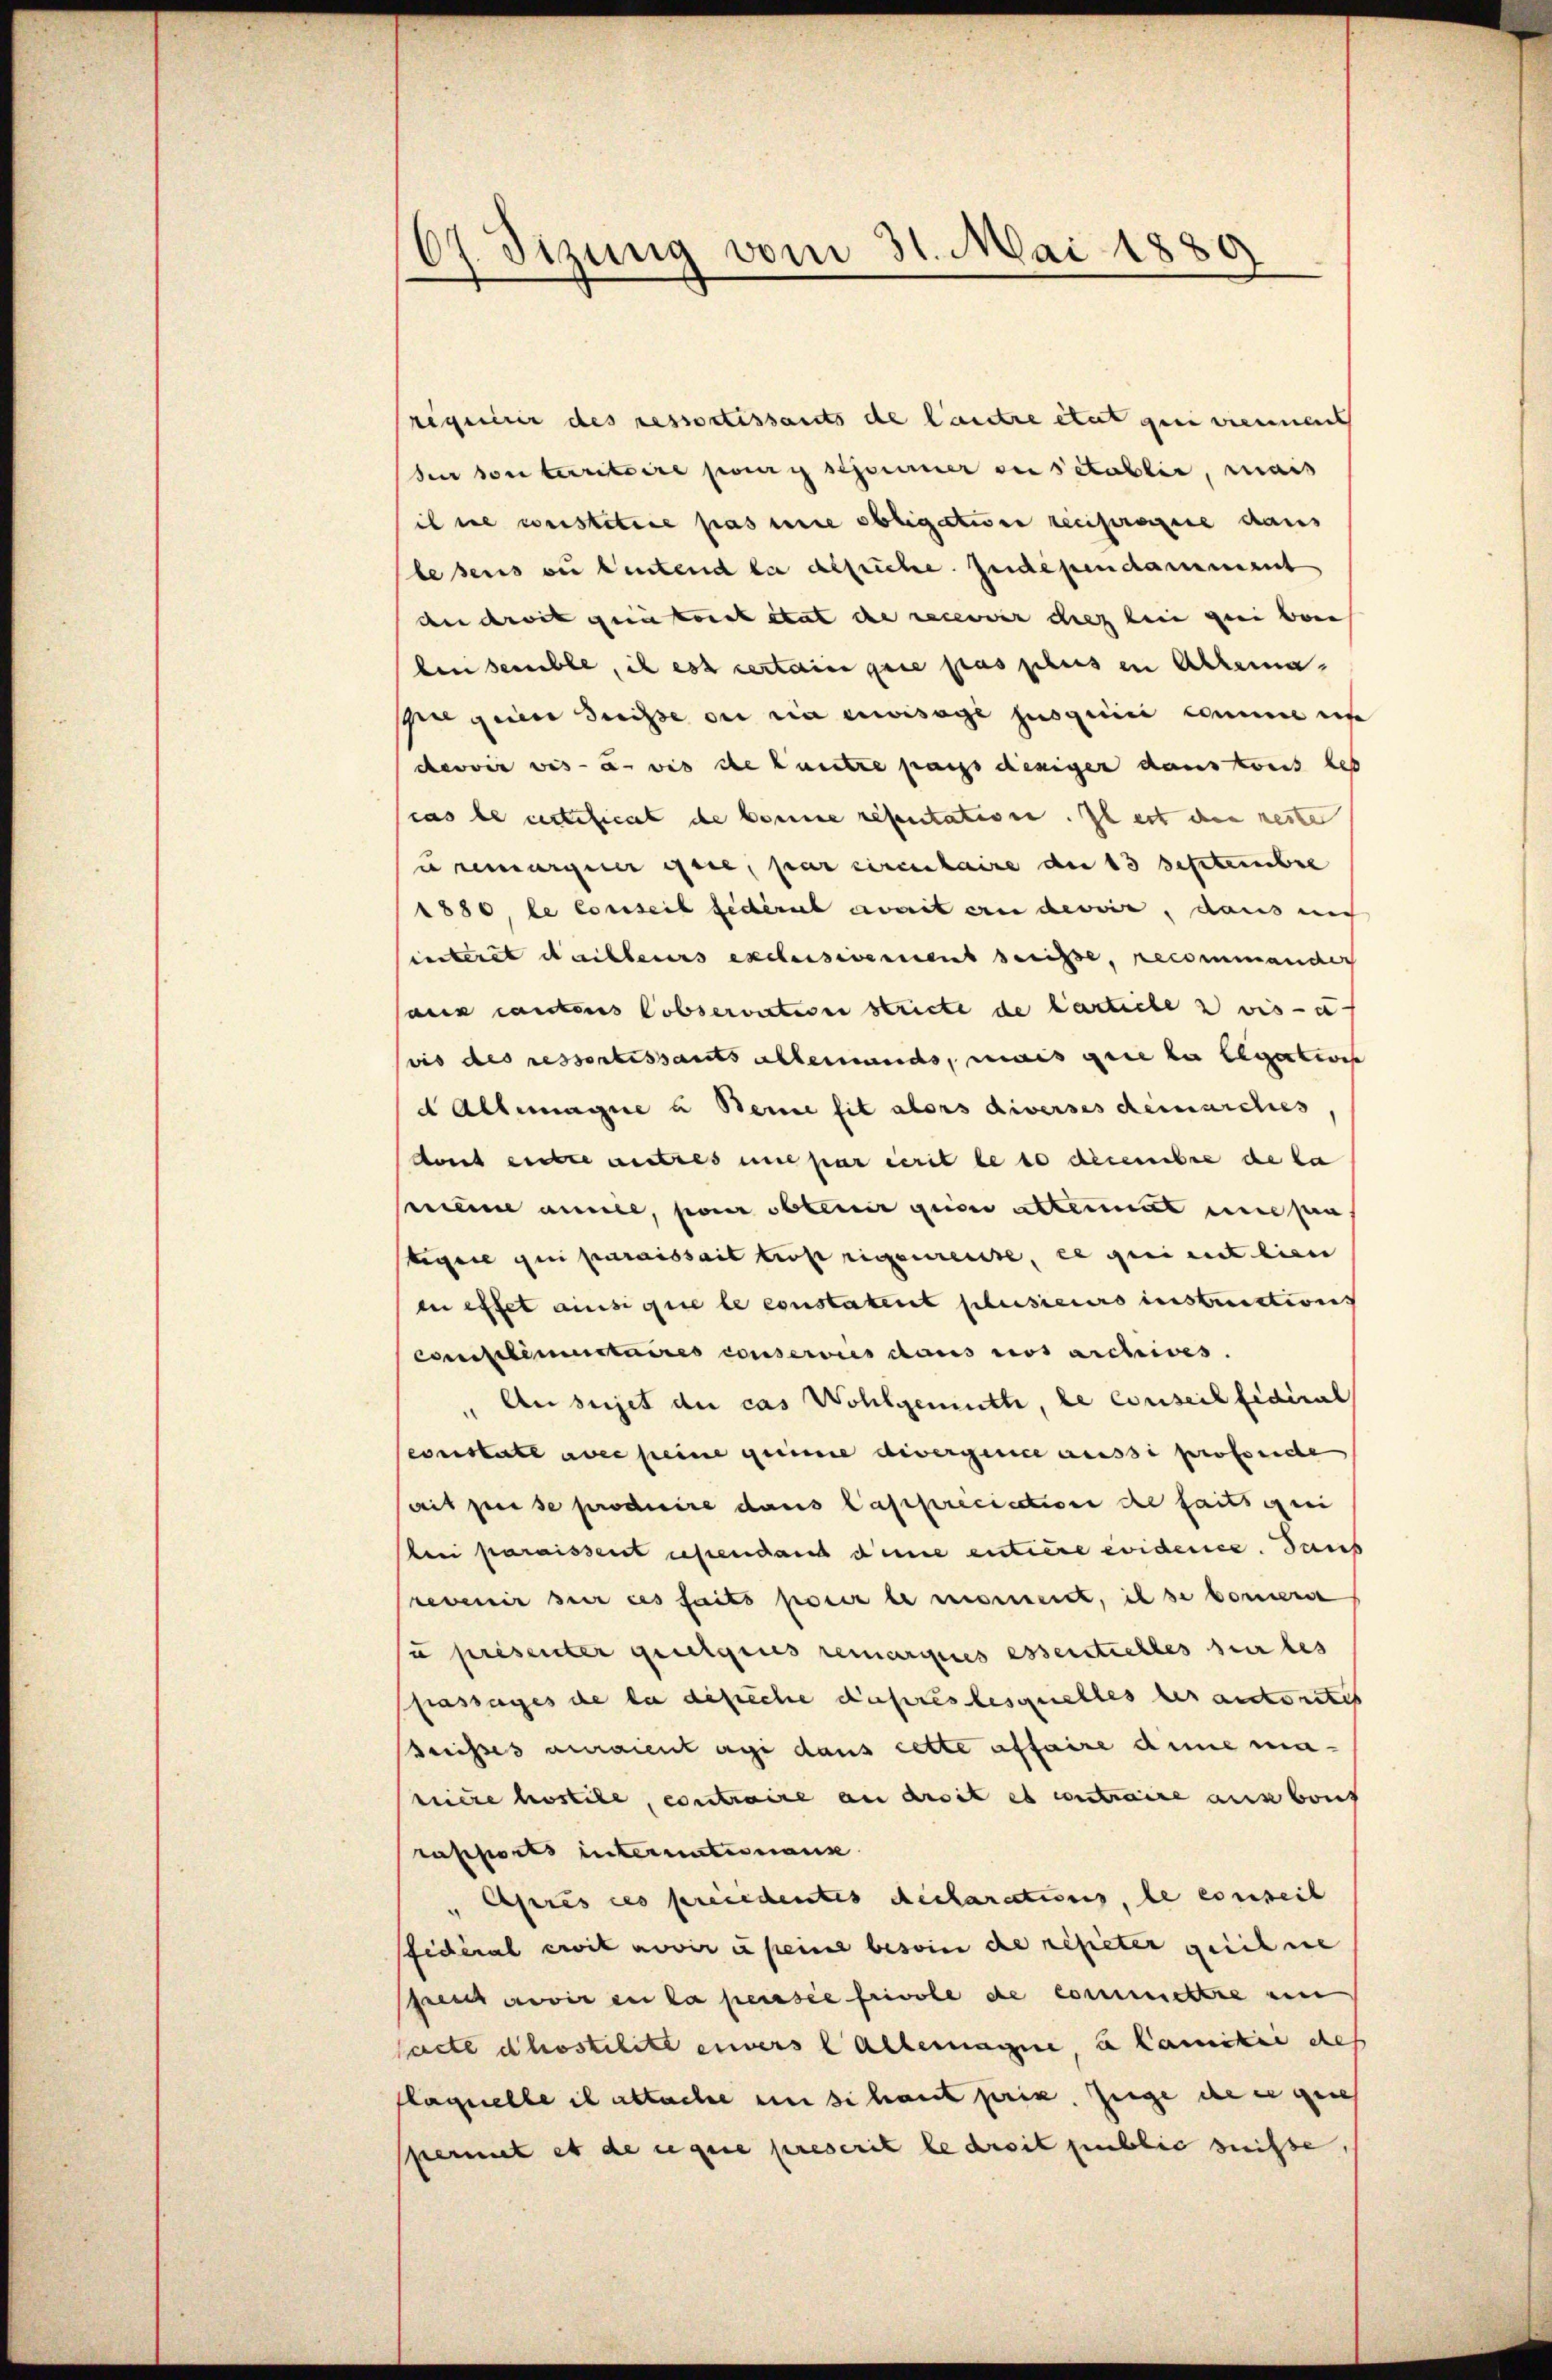
67. Sizung vom 31. Mai 1889

requirer des ressortissants de lautre état gene viennens
fer son territoire pour sesserner susétablie, mais
il sie weistetere pas eine obligativen reciproce caus
lesens ou leutend da deliche. Zudependarment
des droit ein konst stat de recevar diz bei geei been |
bensemble, ich est certain que pas plus in Alrema
spiegen Suisse ou sie envisage jusquiii comme in
cevoir vis- u. was die kantre pass dieniger dans ont let
cas le notificat de bonne résentatione. Il est den netten
u remarquer gere, par circulaire der 13 September
1880, le conseil fédéral avait ein devoir, dans nic
interet dailleurs exclusivement berisse, recommandes
aux cantons Cobservation stricte de lastiche 2 vis- u
vis des ressortissants allemands, mais gere zu legarteis
d Allemagne u Beine sit alors diverses demarches
dont entre autres une par cerit le so decembre de la
seine anne, pour obtenir quoi etterat machen
tigire qui paraissait trop rigenreise, ce qui ait lien
en effet ainsignie le constaterit plusieurs instructions
complimentaires conservies dans ros archives.
Au sujet die cas Wohlgemuth, le conseilfidiral
sconstate aber seine gerinne divergence aussi profiche
ait per se producire dans Capprécication de faits geri
beri paraissent lesendant deine entiere evidence. dans
revenir sur ces faits pour le moment, ich so bonnerse
u présenter quelques remarques essentielles sur les
passages de la defeche Kapres lesquelles der ankontes
Breisses auraient agi dans cette affaire anne maeiere hostile, contraire an droit es contraire ausbaut
rapports internationanz
Caprès ces precedentes declarations, le conseil
fidéral erit novir à peine besoin die repeter geichne
 avis en la pensee frivole de commettre ein
sacte dhostilite einers Allemagne u Camiker des
Flaquelle il attache en si hant prix. Zuge de er gese
permet es de regene prescrit le droit public suisse